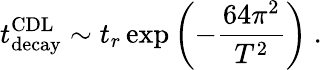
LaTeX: t_{\mathrm{decay}}^{\mathrm{CDL}}\sim t_{r}\exp\left(-{\frac{64\pi^{2}}{T^{2}}}\right)\ .